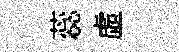
蕊虛